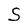
Character: S